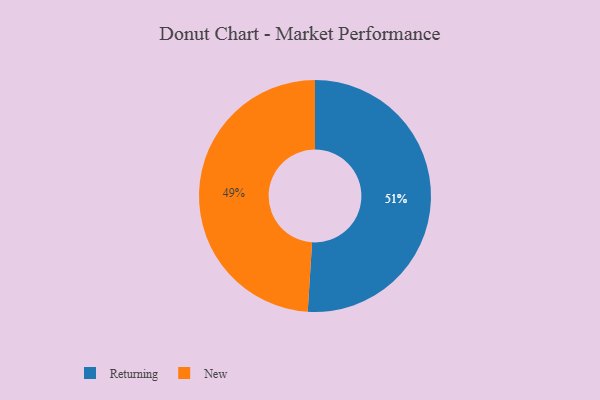
{"axis": {"x": "Category", "y": "Percentage"}, "legend": ["New", "Returning"], "data": [{"x": "New", "y": 49, "type": "New"}, {"x": "Returning", "y": 51, "type": "Returning"}]}